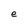
Character: e